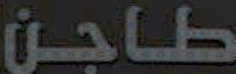
طاجن